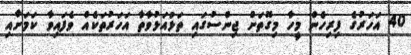
40 އަހަރުގެ ފިރިހެން މީހާ މިގޮތަށް ޖިންސުގައި ތަޅުއަޅުވާތާ އަހަރުތަކެއް ވެފައިވާ ކަމަށާއި